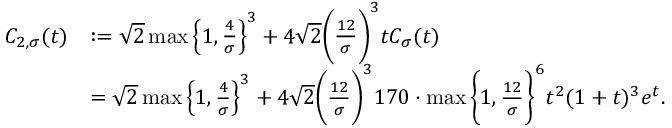
\begin{array} { r l } { C _ { 2 , \sigma } ( t ) } & { : = \sqrt { 2 } \operatorname* { m a x } \Big \{ 1 , \frac { 4 } { \sigma } \Big \} ^ { 3 } + 4 \sqrt { 2 } \bigg ( \frac { 1 2 } { \sigma } \bigg ) ^ { 3 } t C _ { \sigma } ( t ) } \\ & { = \sqrt { 2 } \operatorname* { m a x } \Big \{ 1 , \frac { 4 } { \sigma } \Big \} ^ { 3 } + 4 \sqrt { 2 } \bigg ( \frac { 1 2 } { \sigma } \bigg ) ^ { 3 } 1 7 0 \cdot \operatorname* { m a x } \bigg \{ 1 , \frac { 1 2 } { \sigma } \bigg \} ^ { 6 } t ^ { 2 } ( 1 + t ) ^ { 3 } e ^ { t } . } \end{array}